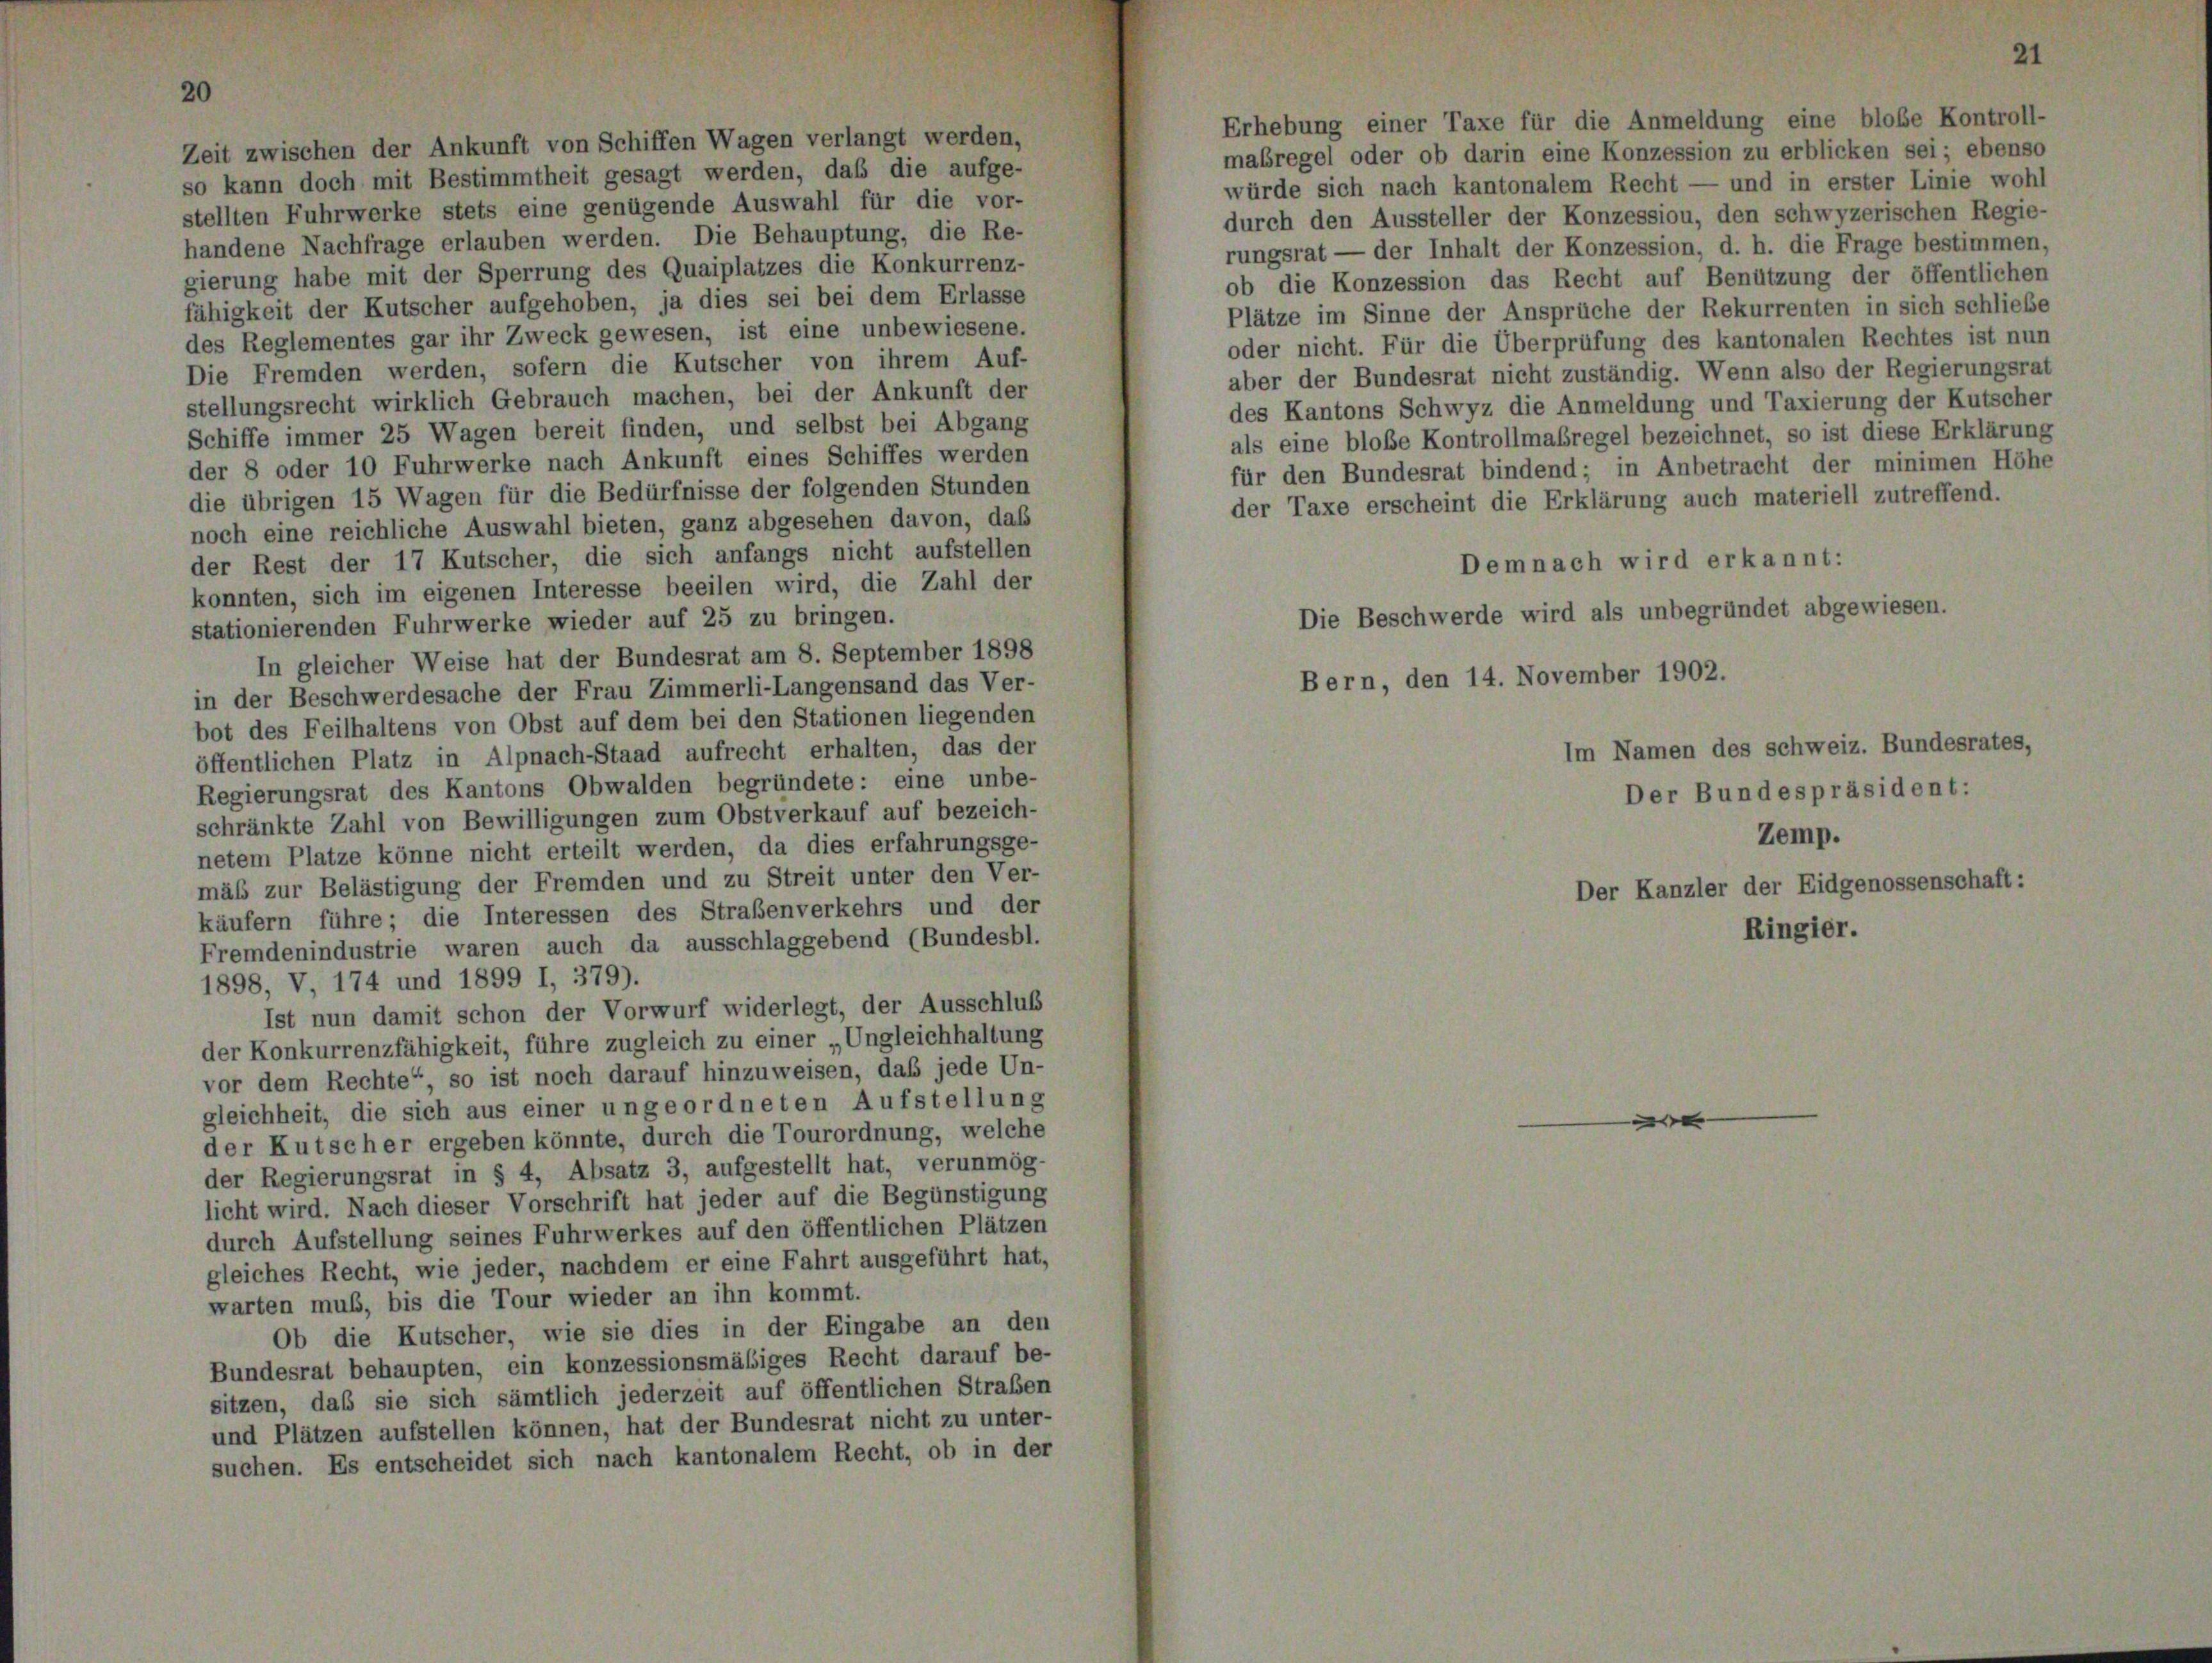
Erhebung einer Taxe für die Anmeldung eine bloße Kontroll-
Zeit zwischen der Ankunft von Schiffen Wagen verlangt werden,
maßregel oder ob darin eine Konzession zu erblicken sei; ebenso
so kann doch mit Bestimmtheit gesagt werden, daß die aufge-
würde sich nach kantonalem Recht — und in erster Linie wohl
stellten Fuhrwerke stets eine genügende Auswahl für die vor-
durch den Aussteller der Konzession, den schwyzerischen Regie-
handene Nachfrage erlauben werden. Die Behauptung, die Re-
rungsrat — der Inhalt der Konzession, d. h. die Frage bestimmen,
gierung habe mit der Sperrung des Quaiplatzes die Konkurrenz-
ob die Konzession das Recht auf Benützung der öffentlichen
fähigkeit der Kutscher aufgehoben, ja dies sei bei dem Erlasse
Plätze im Sinne der Ansprüche der Rekurrenten in sich schliebe
des Reglementes gar ihr Zweck gewesen, ist eine unbewiesene.
oder nicht. Für die Überprüfung des kantonalen Rechtes ist nun
Die Fremden werden, sofern die Kutscher von ihrem Auf-
aber der Bundesrat nicht zuständig. Wenn also der Regierungsrat
stellungsrecht wirklich Gebrauch machen, bei der Ankunft der
des Kantons Schwyz die Anmeldung und Taxierung der Kutscher
Schiffe immer 25 Wagen bereit finden, und selbst bei Abgang
als eine bloße Kontrollmaßregel bezeichnet, so ist diese Erklärung
der 8 oder 10 Fuhrwerke nach Ankunft eines Schiffes werden
für den Bundesrat bindend; in Anbetracht der minimen Höhe
die übrigen 15 Wagen für die Bedürfnisse der folgenden Stunden
der Taxe erscheint die Erklärung auch materiell zutreffend.
noch eine reichliche Auswahl bieten, ganz abgesehen davon, das
der Rest der 17 Kutscher, die sich anfangs nicht aufstellen
Demnach wird erkannt:
konnten, sich im eigenen Interesse beeilen wird, die Zahl der
Die Beschwerde wird als unbegründet abgewiesen.
stationierenden Fuhrwerke wieder auf 25 zu bringen.
In gleicher Weise hat der Bundesrat am 8. September 1898
Bern, den 14. November 1902.
in der Beschwerdesache der Frau Zimmerli-Langensand das Ver-
bot des Feilhaltens von Obst auf dem bei den Stationen liegenden
öffentlichen Platz in Alpnach-Staad aufrecht erhalten, das der
Regierungsrat des Kantons Obwalden begründete: eine unbe-
schränkte Zahl von Bewilligungen zum Obstverkauf auf bezeich-
Zemp.
netem Platze könne nicht erteilt werden, da dies erfahrungsge-
mäß zur Belästigung der Fremden und zu Streit unter den Ver-
Der Kanzler der Eidgenossenschaft:
käufern führe; die Interessen des Straßenverkehrs und der
Ringier.
Fremdenindustrie waren auch da ausschlaggebend (Bundesbl.
1898, V, 174 und 1899 I, 379).
Ist nun damit schon der Vorwurf widerlegt, der Ausschluß
der Konkurrenzfähigkeit, führe zugleich zu einer „Ungleichhaltung
vor dem Rechte“, so ist noch darauf hinzuweisen, daß jede Un-
gleichheit, die sich aus einer ungeordneten Aufstellung
e
der Kutscher ergeben könnte, durch die Tourordnung, welche
der Regierungsrat in § 4, Absatz 3, aufgestellt hat, verunmög-
licht wird. Nach dieser Vorschrift hat jeder auf die Begünstigung
durch Aufstellung seines Fuhrwerkes auf den öffentlichen Plätzen
gleiches Recht, wie jeder, nachdem er eine Fahrt ausgeführt hat,
warten muß, bis die Tour wieder an ihn kommt.
Ob die Kutscher, wie sie dies in der Eingabe an den
Bundesrat behaupten, ein konzessionsmäßiges Recht darauf be-
sitzen, daß sie sich sämtlich jederzeit auf öffentlichen Straßen
und Plätzen aufstellen können, hat der Bundesrat nicht zu unter-
suchen. Es entscheidet sich nach kantonalem Recht, ob in der

Im Namen des schweiz. Bundesrates,
Der Bundespräsident: